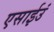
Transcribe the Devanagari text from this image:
एसाईउं